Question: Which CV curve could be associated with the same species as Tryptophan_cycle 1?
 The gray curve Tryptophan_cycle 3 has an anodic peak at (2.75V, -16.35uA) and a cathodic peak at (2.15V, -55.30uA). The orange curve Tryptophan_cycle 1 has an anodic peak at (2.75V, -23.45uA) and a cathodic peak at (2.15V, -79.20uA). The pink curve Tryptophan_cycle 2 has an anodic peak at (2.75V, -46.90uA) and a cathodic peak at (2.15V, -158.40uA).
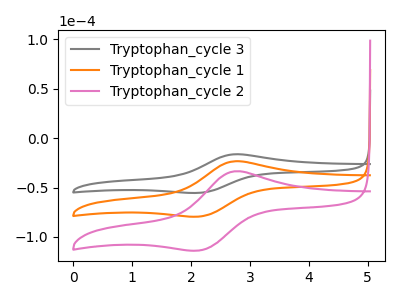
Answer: <think>All the peaks in "Tryptophan_cycle 3" have a peak in "Tryptophan_cycle 1" at the same potential. All the peaks in "Tryptophan_cycle 3" have a peak in "Tryptophan_cycle 2" at the same potential. All the peaks in "Tryptophan_cycle 1" have a peak in "Tryptophan_cycle 2" at the same potential.
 </think>
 <answer>"Tryptophan_cycle 1" and "Tryptophan_cycle 2" have a similar shape to "Tryptophan_cycle 3".</answer>
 <eval>"Tryptophan_cycle 1" "Tryptophan_cycle 2"</eval>